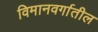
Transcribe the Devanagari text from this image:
विमानवर्गातील